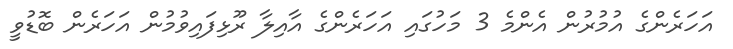
އަހަރެންގެ އުމުރުން އެންމެ 3 މަހުގައި އަހަރެންގެ އާއިލާ ރޫޅިފައިވުމުން އަހަރެން ބޮޑުވީ